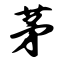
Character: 茅